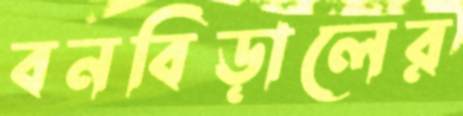
বনবিড়ালের